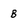
Character: B